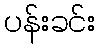
ပန်းခင်း